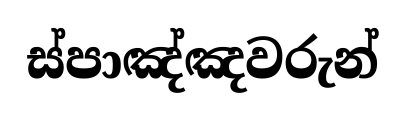
ස්පාඤ්ඤවරුන්